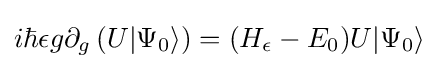
i\hbar \epsilon g\partial _{g}\left(U|\Psi _{0}\rangle \right)=(H_{\epsilon }-E_{0})U|\Psi _{0}\rangle